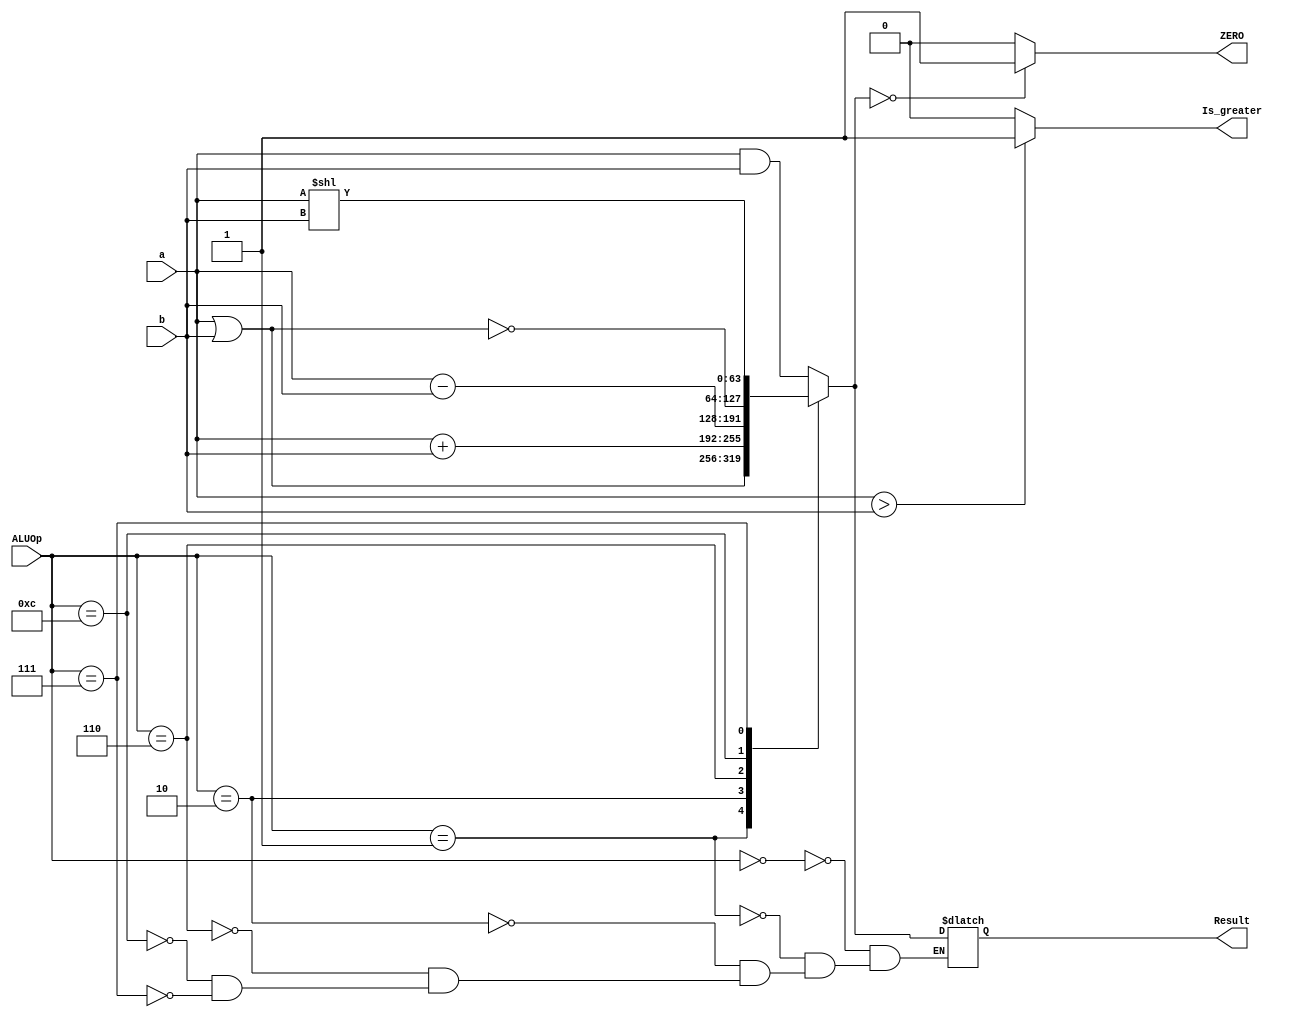

module ALU_64_Bit
(
    input [63:0]a, b,
    input [3:0] ALUOp,
    output reg [63:0] Result,
    output reg ZERO,
    output reg Is_greater
    );
    
    localparam [3:0]
    AND = 4'b0000,
    OR = 4'b0001,
    ADD = 4'b0010,
    SUB = 4'b0110,
    NOR = 4'b1100;

   always @ (ALUOp, a, b)
      begin
        case (ALUOp)
        AND: Result = a & b;
        OR: Result = a | b;
        ADD: Result = a + b;
        SUB: Result = a - b;
        NOR: Result = ~(a | b);
        //LESSTHAN: Result = ( a < b )? 0:1;
        4'b0111: Result = a << b;
        endcase
      if (Result ==64'd0)
        ZERO=1'b1;
      else
        ZERO=1'b0;
      
      Is_greater= (a > b) ? 1'b1 : 1'b0;
      end
  
endmodule